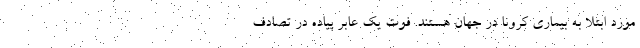
مورد ابتلا به بیماری کرونا در جهان هستند. فوت یک عابر پیاده در تصادف